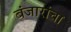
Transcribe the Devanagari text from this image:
बंजारांचा